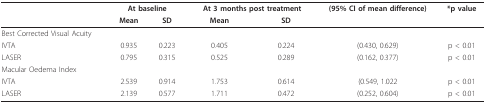
<table><thead><tr><td></td><td colspan="2"><b>At baseline</b></td><td colspan="2"><b>At 3 months post treatment</b></td><td><b>(95% CI of mean difference)</b></td><td><b>*p value</b></td></tr><tr><td></td><td><b>Mean</b></td><td><b>SD</b></td><td><b>Mean</b></td><td><b>SD</b></td><td></td><td></td></tr></thead><tbody><tr><td>Best Corrected Visual Acuity</td><td></td><td></td><td></td><td></td><td></td><td></td></tr><tr><td>IVTA</td><td>0.935</td><td>0.223</td><td>0.405</td><td>0.224</td><td>(0.430, 0.629)</td><td>p &lt; 0.01</td></tr><tr><td>LASER</td><td>0.795</td><td>0.315</td><td>0.525</td><td>0.289</td><td>(0.162, 0.377)</td><td>p &lt; 0.01</td></tr><tr><td>Macular Oedema Index</td><td></td><td></td><td></td><td></td><td></td><td></td></tr><tr><td>IVTA</td><td>2.539</td><td>0.914</td><td>1.753</td><td>0.614</td><td>(0.549, 1.022</td><td>p &lt; 0.01</td></tr><tr><td>LASER</td><td>2.139</td><td>0.577</td><td>1.711</td><td>0.472</td><td>(0.252, 0.604)</td><td>p &lt; 0.01</td></tr></tbody></table>